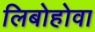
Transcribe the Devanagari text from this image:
लिबोहोवा